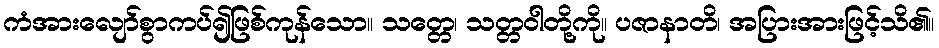
ကံအားလျော်စွာကပ်၍ဖြစ်ကုန်သော။ သတ္တေ၊ သတ္တဝါတို့ကို။ ပဇာနာတိ၊ အပြားအားဖြင့်သိ၏။